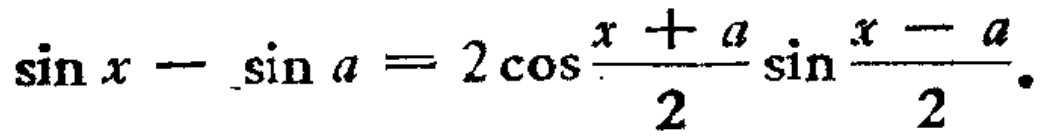
\(\sin x - \sin a = 2\cos\frac{x + a}{2}\sin\frac{x - a}{2}\)